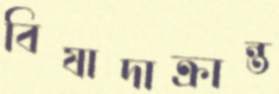
বিষাদাক্রান্ত